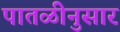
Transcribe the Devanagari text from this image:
पातळीनुसार